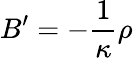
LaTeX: B^{\prime}=-\frac{1}{\kappa}\rho